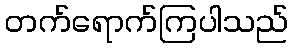
တက်ရောက်ကြပါသည်